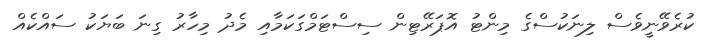
ކުރެވޭނީވެސް ލިނަކުސްގެ މިންޓު އޮޕަރޭޓިން ސިސްޓަމްގަކަމާއި މެދު މިހާރު ގިނަ ބަޔަކު ސައްކެއް